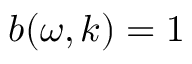
b ( \omega , k ) = 1